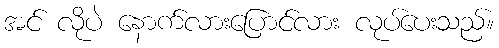
အင် လိုပဲ နောက်လားပြောင်လား လုပ်ပေးသည်။